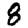
Digit: 8